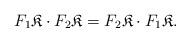
LaTeX: \begin{align*}F_1\mathfrak{K}\cdot F_2\mathfrak{K}=F_2 \mathfrak{K}\cdot F_1\mathfrak{K}.\end{align*}